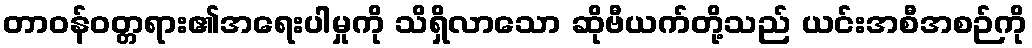
တာဝန်ဝတ္တရား၏အရေးပါမှုကို သိရှိလာသော ဆိုဗီယက်တို့သည် ယင်းအစီအစဉ်ကို